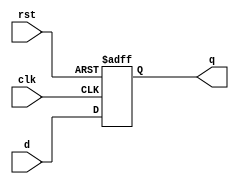
module dregNOOP # (parameter WIDTH = 32) (
        input  wire             clk,
        input  wire             rst,
        input  wire [WIDTH-1:0] d,
        output reg  [WIDTH-1:0] q
    );
    always @ (posedge clk, posedge rst) begin
        if (rst) q <= {WIDTH{1'b1}} ;
        else     q <= d;
    end
endmodule